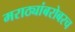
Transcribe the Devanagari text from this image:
मराठ्यांबरोबरच